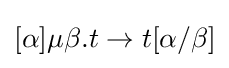
[\alpha ]\mu \beta .t\to t[\alpha /\beta ]